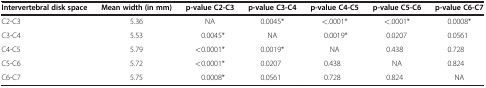
<table><thead><tr><td><b>Intervertebral disk space</b></td><td><b>Mean width (in mm)</b></td><td><b>p-value C2-C3</b></td><td><b>p-value C3-C4</b></td><td><b>p-value C4-C5</b></td><td><b>p-value C5-C6</b></td><td><b>p-value C6-C7</b></td></tr></thead><tbody><tr><td>C2-C3</td><td>5.36</td><td>NA</td><td>0.0045*</td><td>&lt;.0001*</td><td>&lt;.0001*</td><td>0.0008*</td></tr><tr><td>C3-C4</td><td>5.53</td><td>0.0045*</td><td>NA</td><td>0.0019*</td><td>0.0207</td><td>0.0561</td></tr><tr><td>C4-C5</td><td>5.79</td><td>&lt;0.0001*</td><td>0.0019*</td><td>NA</td><td>0.438</td><td>0.728</td></tr><tr><td>C5-C6</td><td>5.72</td><td>&lt;0.0001*</td><td>0.0207</td><td>0.438</td><td>NA</td><td>0.824</td></tr><tr><td>C6-C7</td><td>5.75</td><td>0.0008*</td><td>0.0561</td><td>0.728</td><td>0.824</td><td>NA</td></tr></tbody></table>